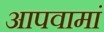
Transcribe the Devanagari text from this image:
आपवामां